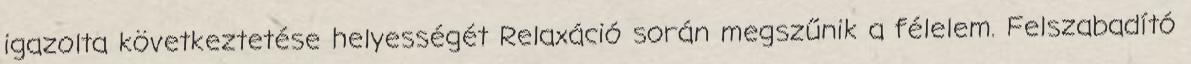
igazolta következtetése helyességét Relaxáció során megszűnik a félelem. Felszabadító